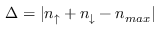
\Delta = | n _ { \uparrow } + n _ { \downarrow } - n _ { m a x } |